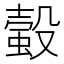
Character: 𧏚